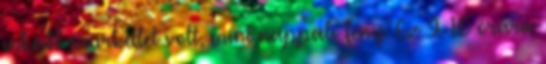
inkább szürkület volt, mint nappali fény. Ez 9-10 órára